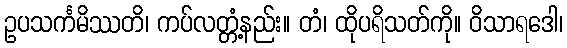
ဥပသင်္ကမိဿတိ၊ ကပ်လတ္တံ့နည်း။ တံ၊ ထိုပရိသတ်ကို။ ဝိသာရဒေါ၊